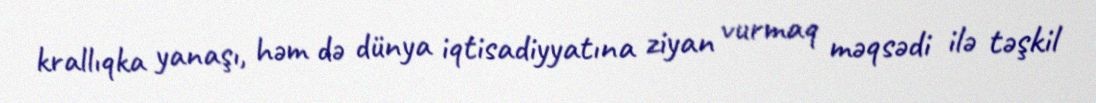
krallıqka yanaşı, həm də dünya iqtisadiyyatına ziyan vurmaq məqsədi ilə təşkil